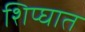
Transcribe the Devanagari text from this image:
शिप्घात